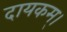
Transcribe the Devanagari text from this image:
दायकम्।